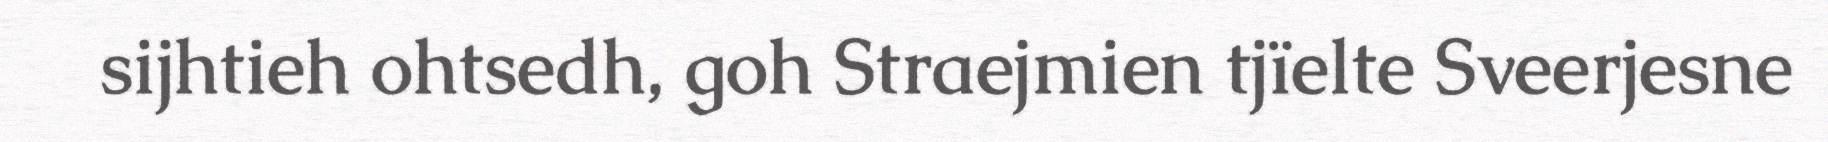
sijhtieh ohtsedh, goh Straejmien tjïelte Sveerjesne